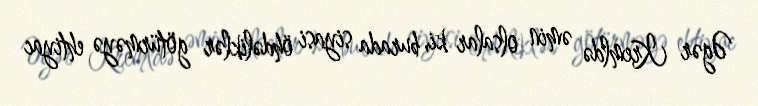
Əgər Kremldə əmin olsalar ki, burada siyasi öhdəliklər götürməyə ehtiyac